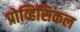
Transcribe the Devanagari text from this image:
प्रोव्हिसिकल